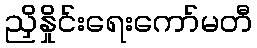
ညှိနှိုင်းရေးကော်မတီ